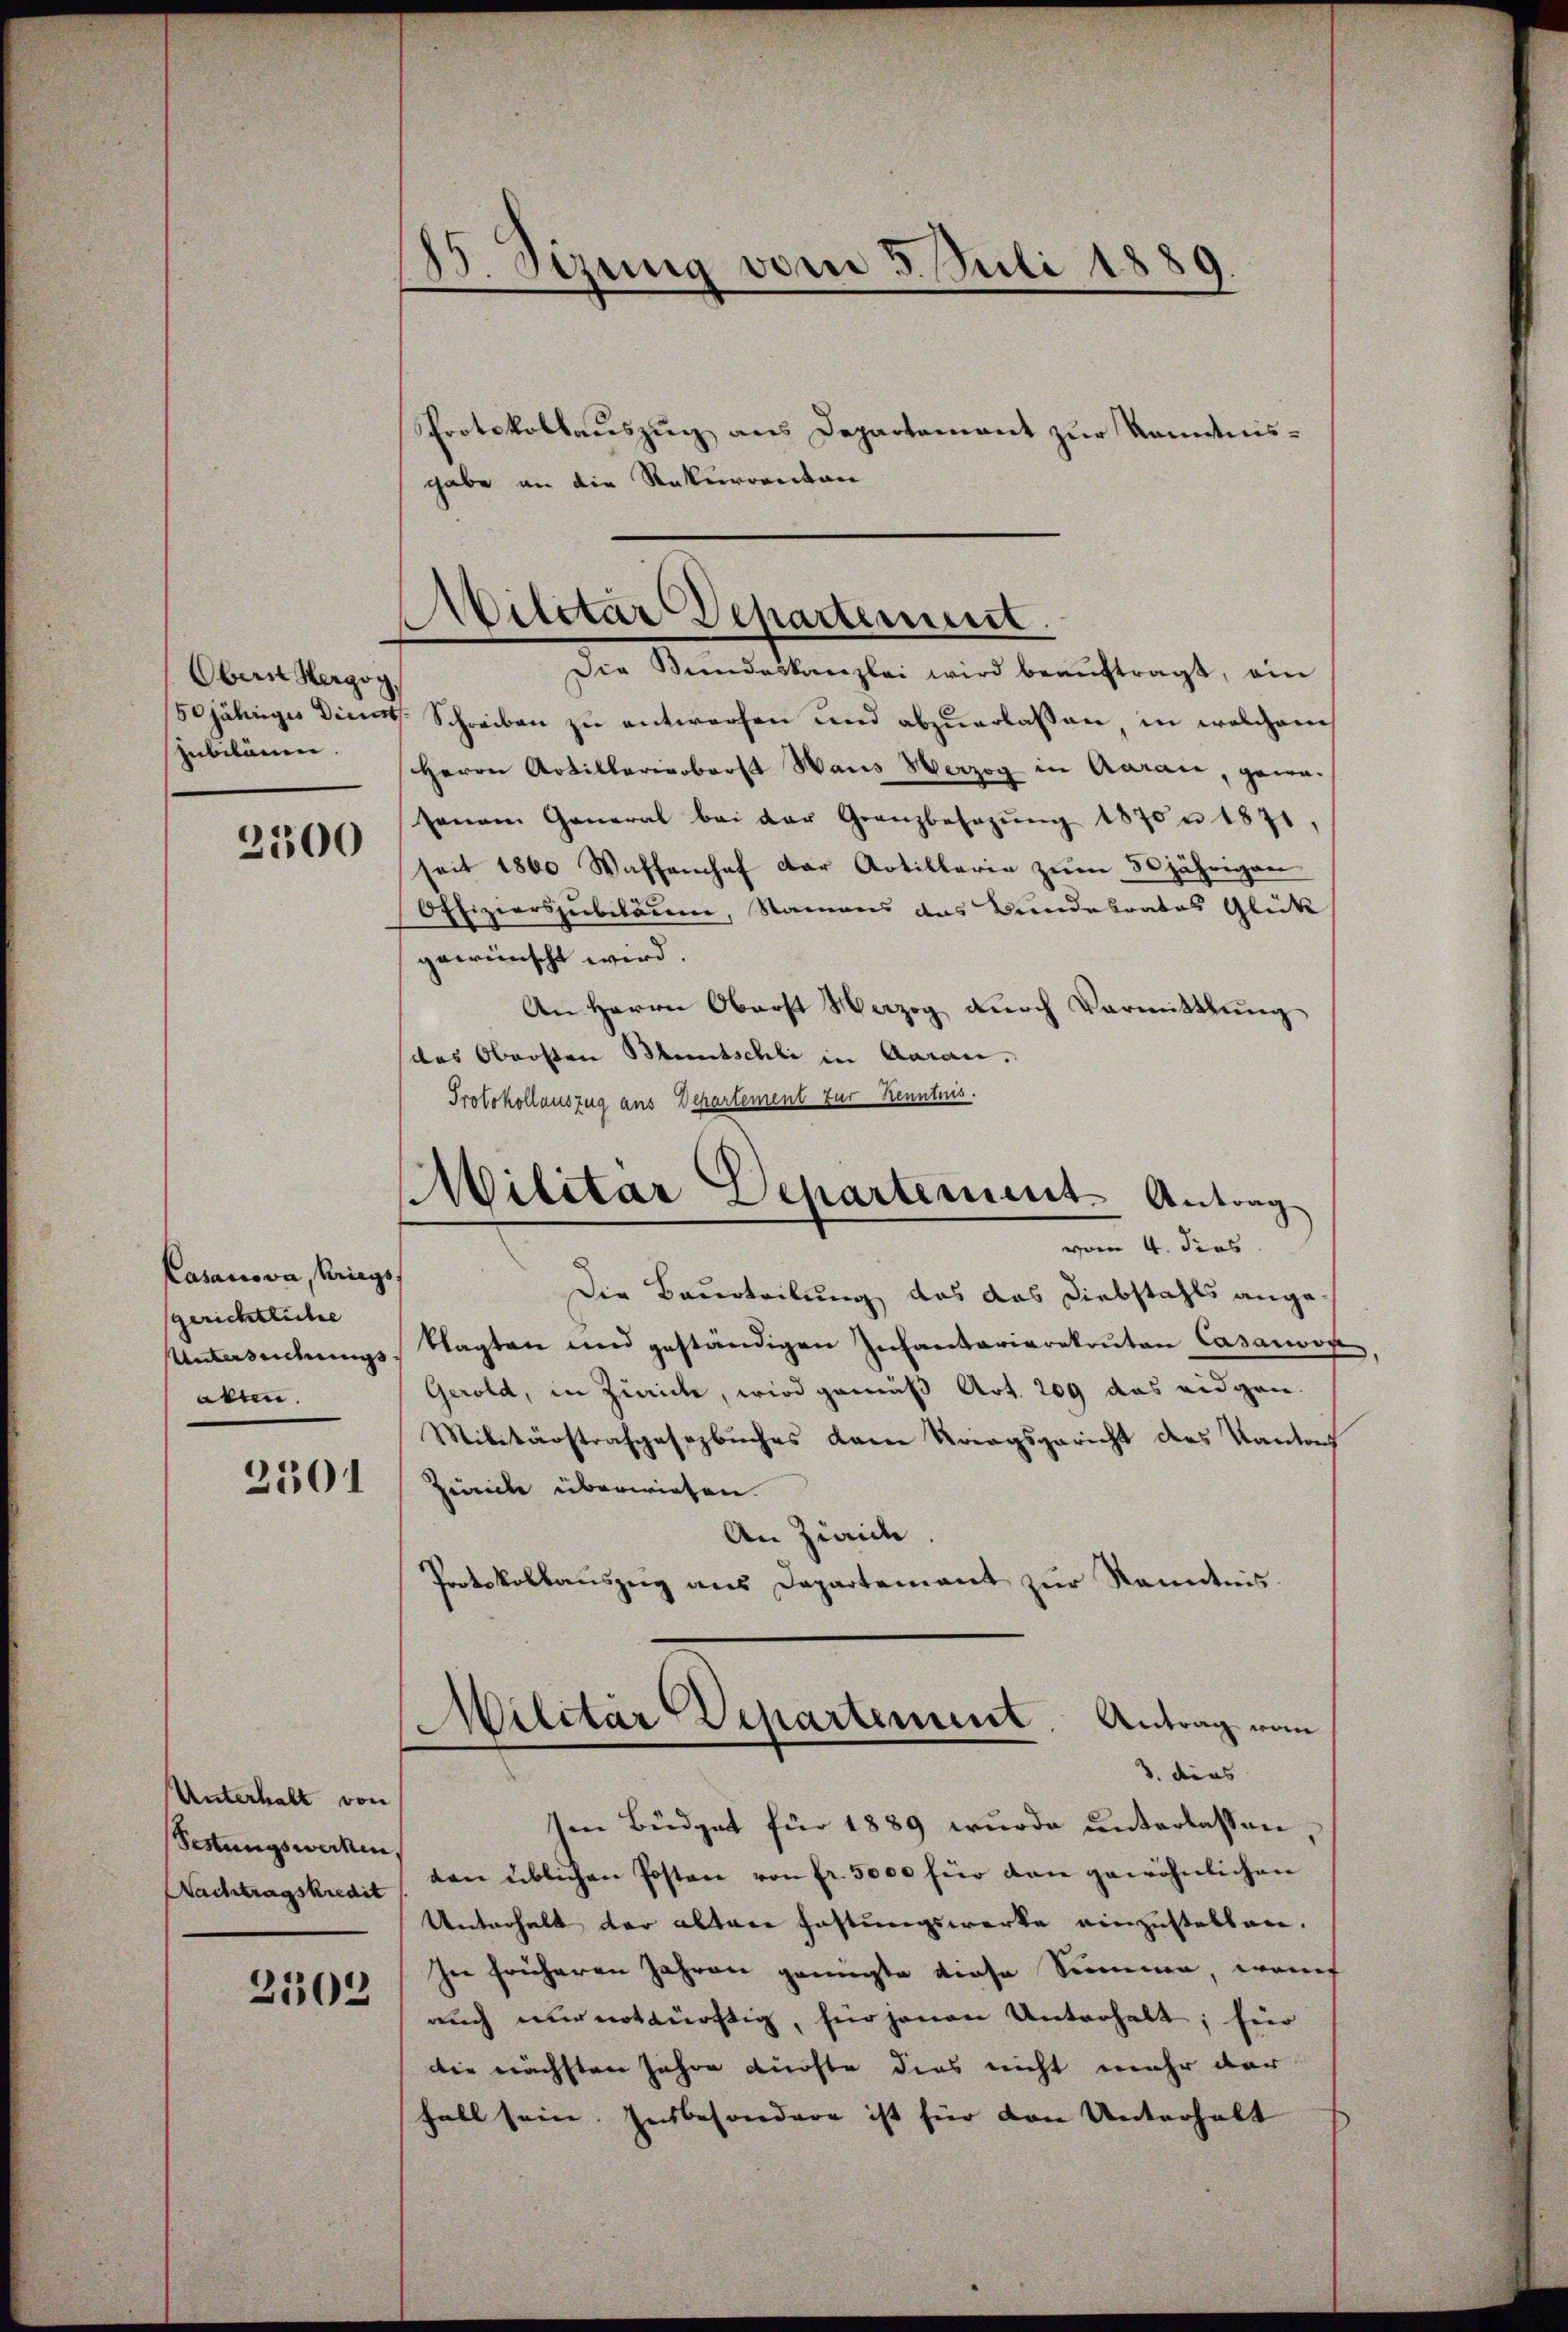
Obern Hergoy,
jubiläum.

2500

Casanova, Kriegs
gerichtliche
Untersuchungs
allen.

2301

Unterhalt von
Sestungswerken,
Nachtragskredit
2503

B. Sizung vom 5. Juli 1889.

gabe an die Naturrentan

Protokollauszug aus Departement zur Kenntnis¬

Militar Departement.
Die Bundeskanzlei wird beaŭftragt, ein

50jähriges Diens Schreiben zu entworfen und abzuerlassen, in welchem
Herrn Artillerieberst Haus Herzog in Aaraie, gewa-
senam General bei der Granzbesezŭng 1870 n 1871,
seit 1800 Waffenhof der Artillaria zum 50 jährigen
Offizierszubikon, Namens das Bundesrates Glück
gewünscht wird.
An Herrn Oberst Herzog dŭrch Vormittlung
(das Obersten Bluntschli in Aaran.
Protokollauszug aus Departement zur Kenntnis.

Militar Departement. Antrag

vom 4. dies
Die Beurteilung, das das Diebstahls angeklagten und geständigen Infantariarekruten Casanoon
Gerold, in Zürich, wird gemäß Art. 209 das eidgen.
Militärstrafgesezbuches dem Kriegsgericht des Kantach
Zeiche überwiesen.
An Zwaide
Protokollauszug aus Departement zur Kenntnis¬
Militar Departement. Antrag vom
3. dies
Ien Büdget für 1889 wurde unterlassen
ten üblichen Posten von fr. 5000 für dan gewöhnlichen
Unterhalt der altere Fastungswerke einzustellen.
In früheren Jahren genügte diese Summe, waf
auch nur notdürftig, für jenen Unterhalt; für
die nächsten Jahre Richte dies nicht mehr dar
fall sein. Insbesondere ist für den Unterhalt